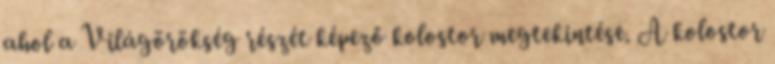
ahol a Világörökség részét képező kolostor megtekintése. A kolostor